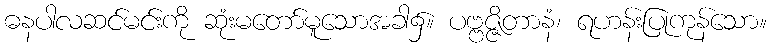
ဓနပါလဆင်မင်းကို ဆုံးမတော်မူသောအခါ၌။ ပဗ္ဗဇ္ဇိတာနံ၊ ရဟန်းပြုကုန်သော။